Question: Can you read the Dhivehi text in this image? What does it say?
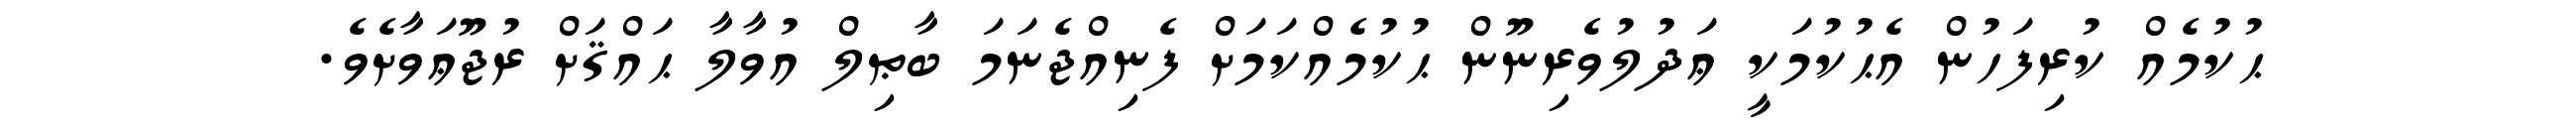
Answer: ޙުކުމެއް ކުރިފަހުން އެޙުކުމަކީ ޢަދުލުވެރިނޫން ޙުކުމެއްކަމަށް ފެނިއްޖެނަމަ ބާޠިލް އުވާލާ ޙައްޤަށް ރުޖޫޢަވާށެވެ.